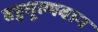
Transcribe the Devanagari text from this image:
बहुमूल्यवान